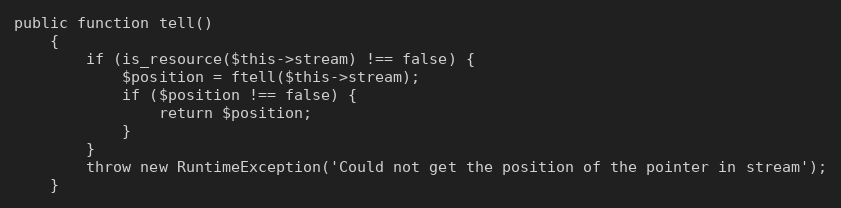
Language: PHP
public function tell()
    {
        if (is_resource($this->stream) !== false) {
            $position = ftell($this->stream);
            if ($position !== false) {
                return $position;
            }
        }
        throw new RuntimeException('Could not get the position of the pointer in stream');
    }